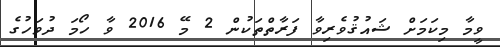
ވީމާ މިކަމަށް ޝައުޤުވެރިވާ ފަރާތްތަކުން 2 މޭ 2016 ވާ ހޯމަ ދުވަހުގެ